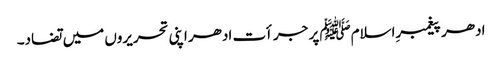
ادھر پیغمبرِاسلامﷺ پر جرأت ادھر اپنی تحریروں میں تضاد۔